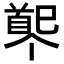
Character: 𩠟